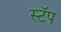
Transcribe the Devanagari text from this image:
स्टॅप